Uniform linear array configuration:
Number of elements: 4
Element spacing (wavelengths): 0.75
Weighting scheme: hamming
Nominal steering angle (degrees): -30
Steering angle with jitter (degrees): -29.117
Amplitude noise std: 0.05
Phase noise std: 0.05

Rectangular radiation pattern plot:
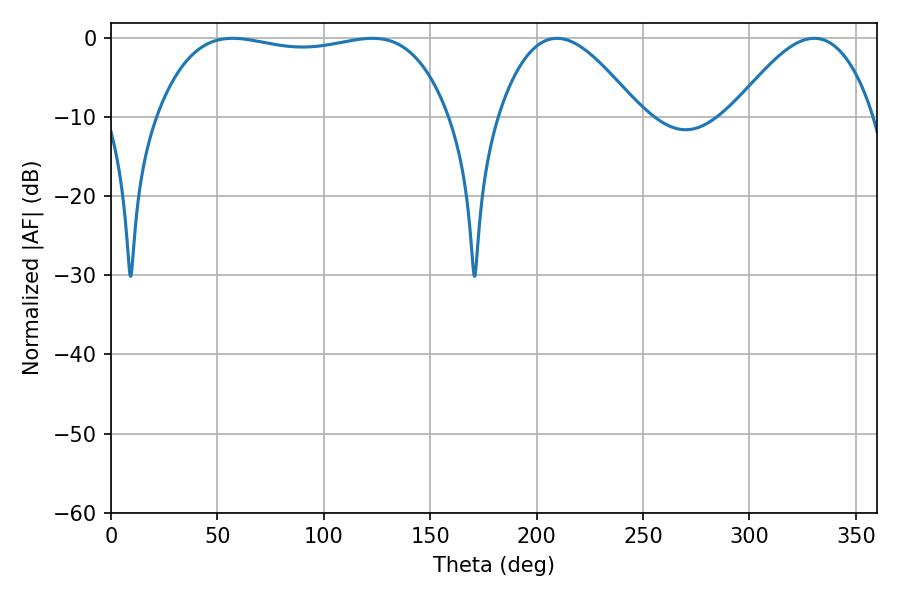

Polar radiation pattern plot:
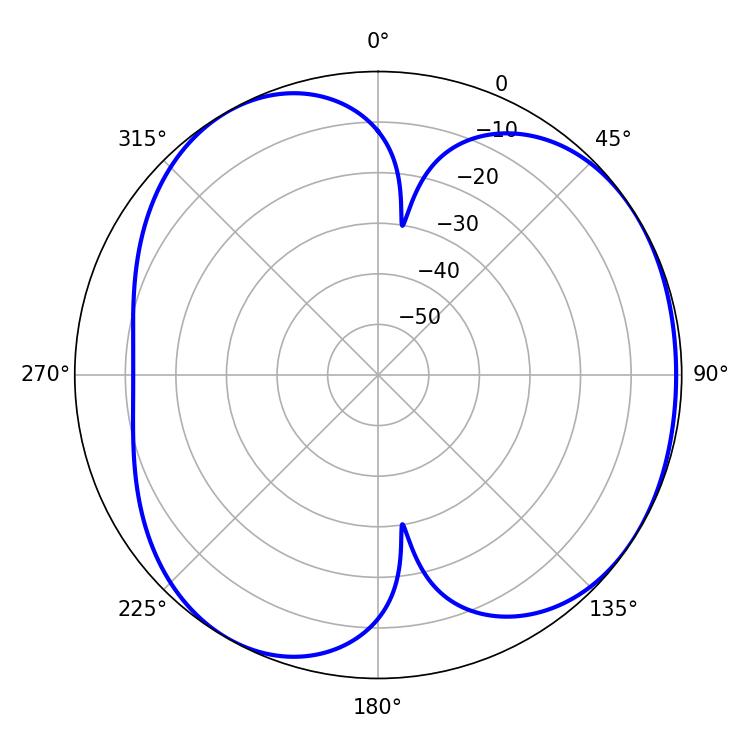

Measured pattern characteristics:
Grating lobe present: TRUE
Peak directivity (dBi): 4.422
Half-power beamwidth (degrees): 35.82
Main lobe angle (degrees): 209.52